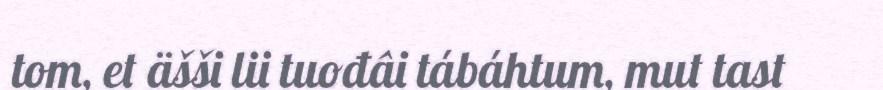
tom, et äšši lii tuođâi tábáhtum, mut tast